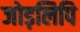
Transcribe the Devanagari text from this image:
जोड़लिपि